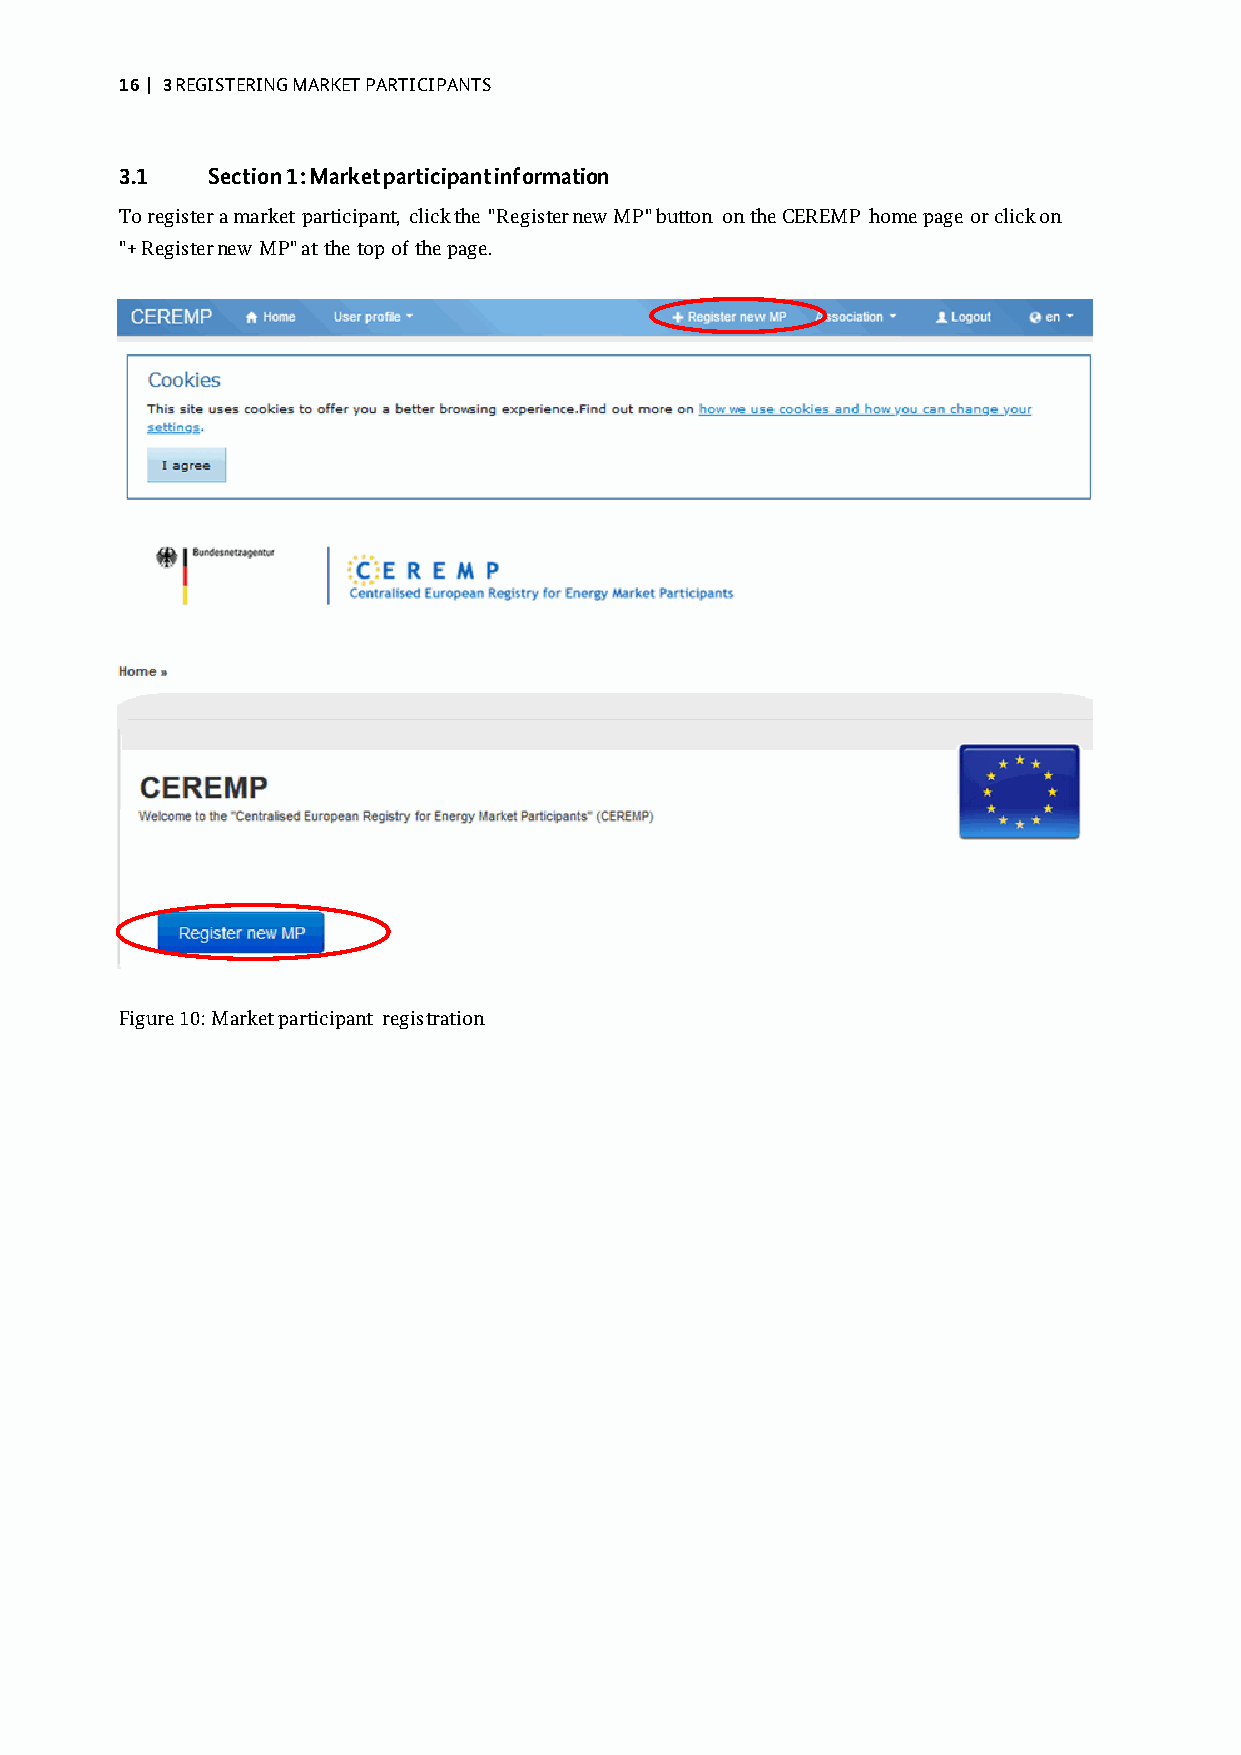
16 | 3 REGISTERING MARKET PARTICIPANTS
 3.1   Section 1: Market participant information
 To register a market participant, click the "Register new MP" button on the CEREMP home page or click on
 "+ Register new MP" at the top of the page.
 Figure 10: Market participant registration